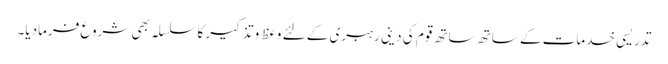
تدریسی خدمات کے ساتھ ساتھ قوم کی دینی رہبری کے لئے وعظ و تذکیر کا سلسلہ بھی شروع فرمادیا۔